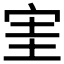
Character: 𡧩